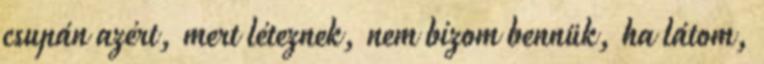
csupán azért, mert léteznek, nem bízom bennük, ha látom,